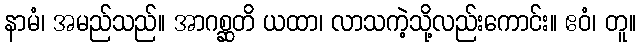
နာမံ၊ အမည်သည်။ အာဂစ္ဆတိ ယထာ၊ လာသကဲ့သို့လည်းကောင်း။ ဧဝံ၊ တူ။